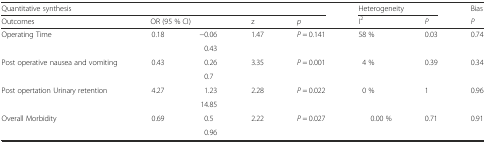
<table><thead><tr><td colspan="5"><b>Quantitative synthesis</b></td><td colspan="2"><b>Heterogeneity</b></td><td><b>Bias</b></td></tr><tr><td><b>Outcomes</b></td><td colspan="2"><b>OR (95 % CI)</b></td><td><b>z</b></td><td><b><i>p</i></b></td><td><b>I<sup>2</sup></b></td><td><b><i>P</i></b></td><td><b><i>P</i></b></td></tr></thead><tbody><tr><td rowspan="2">Operating Time</td><td rowspan="2">0.18</td><td>−0.06</td><td rowspan="2">1.47</td><td rowspan="2"><i>P</i> = 0.141</td><td rowspan="2">58 %</td><td rowspan="2">0.03</td><td rowspan="2">0.74</td></tr><tr><td>0.43</td></tr><tr><td rowspan="2">Post operative nausea and vomiting</td><td rowspan="2">0.43</td><td>0.26</td><td rowspan="2">3.35</td><td rowspan="2"><i>P</i> = 0.001</td><td rowspan="2">4 %</td><td rowspan="2">0.39</td><td rowspan="2">0.34</td></tr><tr><td>0.7</td></tr><tr><td rowspan="2">Post opertation Urinary retention</td><td rowspan="2">4.27</td><td>1.23</td><td rowspan="2">2.28</td><td rowspan="2"><i>P</i> = 0.022</td><td rowspan="2">0 %</td><td rowspan="2">1</td><td rowspan="2">0.96</td></tr><tr><td>14.85</td></tr><tr><td rowspan="2">Overall Morbidity</td><td rowspan="2">0.69</td><td>0.5</td><td rowspan="2">2.22</td><td rowspan="2"><i>P</i> = 0.027</td><td rowspan="2">0.00 %</td><td rowspan="2">0.71</td><td>0.91</td></tr><tr><td>0.96</td><td></td></tr></tbody></table>